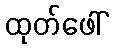
ထုတ်ဖေါ်